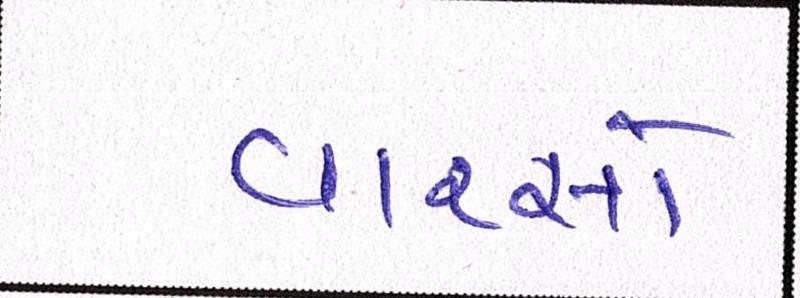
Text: વારસો